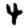
Digit: 4